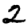
Digit: 2